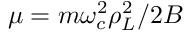
\mu = m \omega _ { c } ^ { 2 } \rho _ { L } ^ { 2 } / 2 B